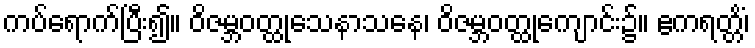
ကပ်ရောက်ပြီး၍။ ဝိဇမ္ဘဝတ္ထုသေနာသနေ၊ ဝိဇမ္ဘဝတ္ထုကျောင်း၌။ ဧကရတ္တိံ၊